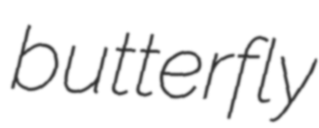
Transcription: butterfly